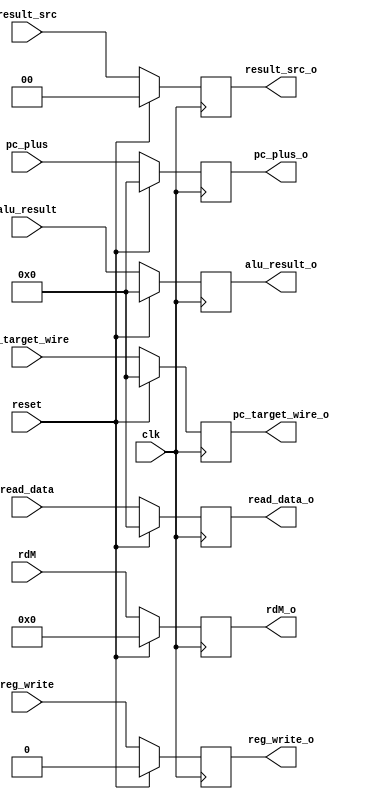
`timescale 1ns / 1ps
//////////////////////////////////////////////////////////////////////////////////
// Company: 
// Engineer: 
// 
// Design Name: 
// Module Name: execute_to_memory
// Project Name: 
// Target Devices: 
// Tool Versions: 
// Description: 
// 
// Dependencies: 
// 
// Revision:
// Revision 0.01 - File Created
// Additional Comments:
// 
//////////////////////////////////////////////////////////////////////////////////


module memory_to_writeback(
    //INPUT
    input clk,
    input reset,
    
    input reg_write,
    input [1:0] result_src,
    input [31:0] alu_result,
    input [31:0] read_data,
    input [4:0] rdM,
    input [31:0] pc_plus,
    input [31:0] pc_target_wire,
    //OUTPUT
    output reg reg_write_o,
    output reg [1:0] result_src_o,
    output reg [31:0] alu_result_o,
    output reg [31:0] read_data_o,
    output reg [4:0] rdM_o,
    output reg [31:0] pc_plus_o,
    output reg [31:0] pc_target_wire_o
    );
    
    always@(posedge clk) begin
        if (reset == 1) begin
            reg_write_o <= 0;
            result_src_o <= 0;
            alu_result_o <= 0;
            read_data_o <= 0;
            rdM_o <= 0;
            pc_plus_o <= 0;
            pc_target_wire_o <= 0; 
        end
        else begin
            reg_write_o <= reg_write;
            result_src_o <= result_src;
            alu_result_o <= alu_result;
            read_data_o <= read_data;
            rdM_o <= rdM;
            pc_plus_o <=  pc_plus;
            pc_target_wire_o <= pc_target_wire;
        end
    end
endmodule